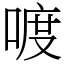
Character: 喥